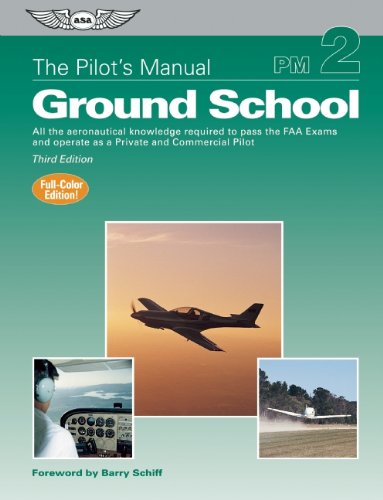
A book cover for The Pilot's Manual: Ground School: All the aeronautical knowledge required to pass the FAA exams and operate as a Private and Commercial Pilot (The Pilot's Manual Series); The Pilot's Manual Editorial Board; Test Preparation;